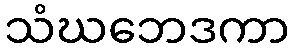
သံဃဘေဒကာ